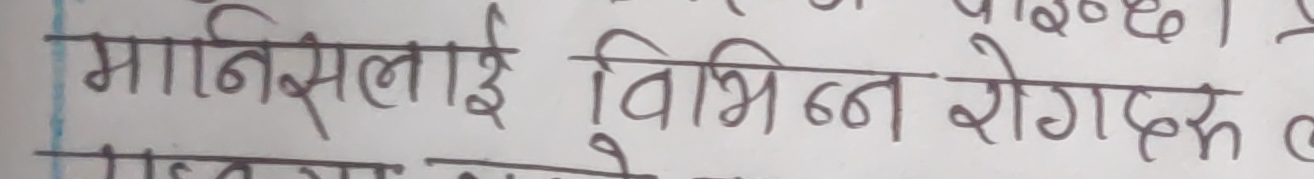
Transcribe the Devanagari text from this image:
मानिसलाई विभिन्न रोगहरु